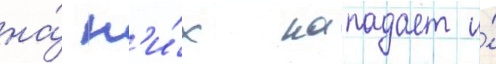
на́ н'и́х нападает и́